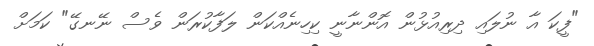
"ފީކަ އާ ނުލައި ދިރިއުޅުން އޮންނާނީ ކިހިނެއްކަން ލަފާކުރަން ވެސް ނޭނގޭ" ކަމަށް